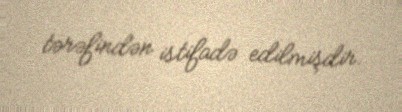
tərəfindən istifadə edilmişdir.